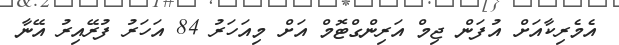
އެމެރިކާއަށް އުފަން ޖިމް އަރިންގްޓޮމް އަށް މިއަހަރު 84 އަހަރު ފުރޭއިރު އޭނާ